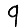
Digit: 9